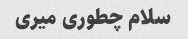
سلام چطوری میری